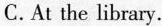
C.At the library.